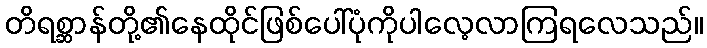
တိရစ္ဆာန်တို့၏နေထိုင်ဖြစ်ပေါ်ပုံကိုပါလေ့လာကြရလေသည်။